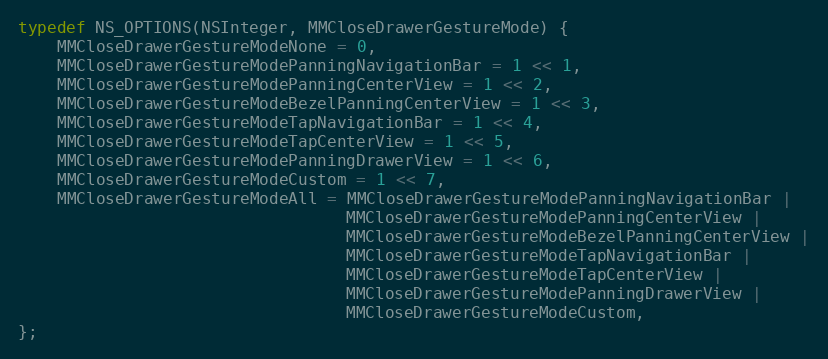
Language: C
typedef NS_OPTIONS(NSInteger, MMCloseDrawerGestureMode) {
    MMCloseDrawerGestureModeNone = 0,
    MMCloseDrawerGestureModePanningNavigationBar = 1 << 1,
    MMCloseDrawerGestureModePanningCenterView = 1 << 2,
    MMCloseDrawerGestureModeBezelPanningCenterView = 1 << 3,
    MMCloseDrawerGestureModeTapNavigationBar = 1 << 4,
    MMCloseDrawerGestureModeTapCenterView = 1 << 5,
    MMCloseDrawerGestureModePanningDrawerView = 1 << 6,
    MMCloseDrawerGestureModeCustom = 1 << 7,
    MMCloseDrawerGestureModeAll = MMCloseDrawerGestureModePanningNavigationBar |
                                  MMCloseDrawerGestureModePanningCenterView |
                                  MMCloseDrawerGestureModeBezelPanningCenterView |
                                  MMCloseDrawerGestureModeTapNavigationBar |
                                  MMCloseDrawerGestureModeTapCenterView |
                                  MMCloseDrawerGestureModePanningDrawerView |
                                  MMCloseDrawerGestureModeCustom,
};